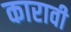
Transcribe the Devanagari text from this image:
कारावी